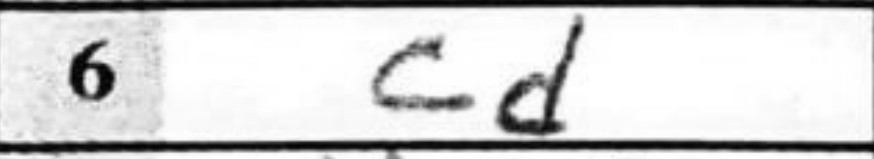
Transcription: cd